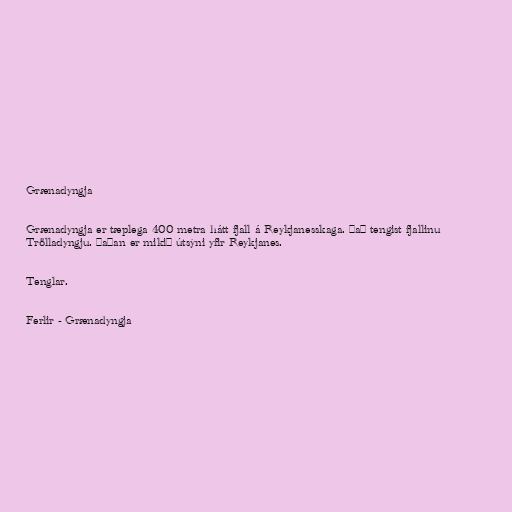
Grænadyngja

Grænadyngja er tæplega 400 metra hátt fjall á Reykjanesskaga. Það tengist fjallinu
Trölladyngju. Þaðan er mikið útsýni yfir Reykjanes.

Tenglar.

Ferlir - Grænadyngja